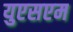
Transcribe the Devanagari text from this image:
युएसएम